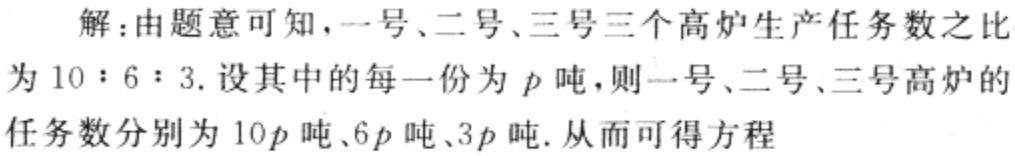
解：由题意可知，一号、二号、三号三个高炉生产任务数之比为 \(10:6:3\). 设其中的每一份为 \(p\) 吨，则一号、二号、三号高炉的任务数分别为 \(10p\) 吨、\(6p\) 吨、\(3p\) 吨. 从而可得方程